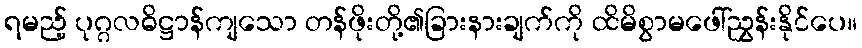
ရမည့် ပုဂ္ဂလဓိဋ္ဌာန်ကျသော တန်ဖိုးတို့၏ခြားနားချက်ကို ထိမိစွာမဖေါ်ညွှန်းနိုင်ပေ။